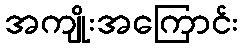
အကျိုးအကြောင်း